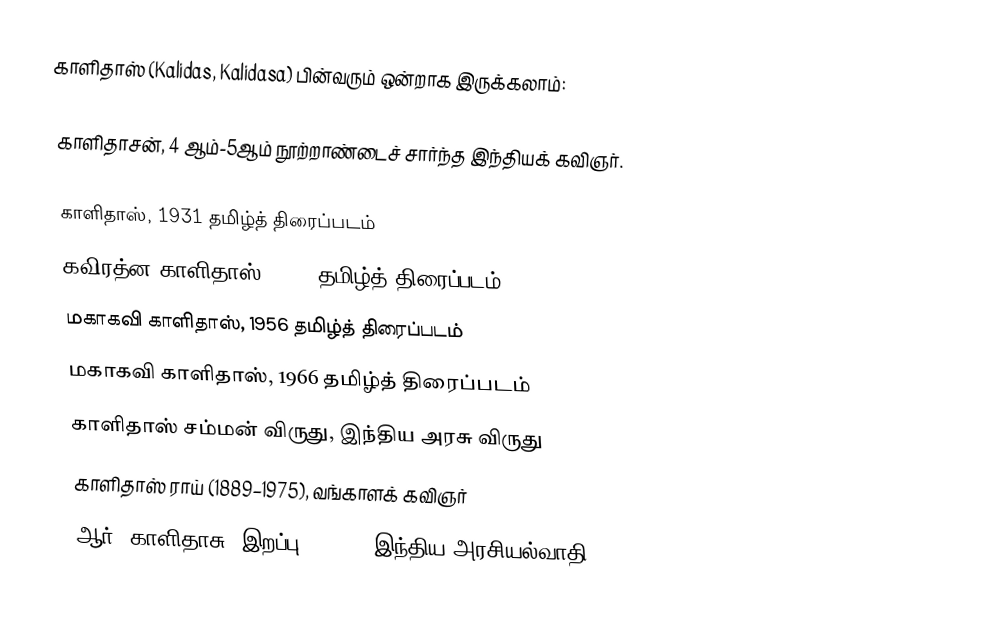
காளிதாஸ் (Kalidas, Kalidasa) பின்வரும் ஒன்றாக இருக்கலாம்:

காளிதாசன், 4 ஆம்-5ஆம் நூற்றாண்டைச் சார்ந்த இந்தியக் கவிஞர்.

காளிதாஸ், 1931 தமிழ்த் திரைப்படம்
கவிரத்ன காளிதாஸ், 1937 தமிழ்த் திரைப்படம்
மகாகவி காளிதாஸ், 1956 தமிழ்த் திரைப்படம்
மகாகவி காளிதாஸ், 1966 தமிழ்த் திரைப்படம்
காளிதாஸ் சம்மன் விருது, இந்திய அரசு விருது
காளிதாஸ் ராய் (1889–1975), வங்காளக் கவிஞர்
ஆர். காளிதாசு (இறப்பு: 2005), இந்திய அரசியல்வாதி